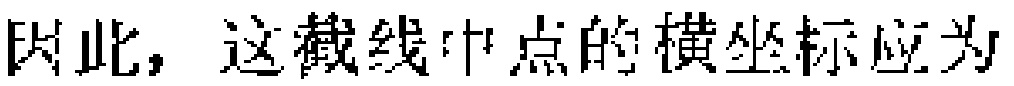
因此，这截线中点的横坐标应为